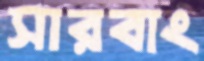
সারবাং